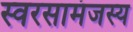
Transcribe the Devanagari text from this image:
स्वरसामंजस्य